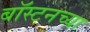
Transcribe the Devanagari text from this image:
बॉस्टनच्या